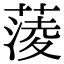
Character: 蔆